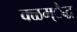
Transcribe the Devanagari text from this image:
क्ळम्ैद्ध